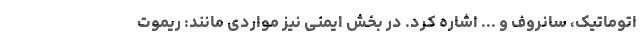
اتوماتیک، سانروف و ... اشاره کرد. در بخش ایمنی نیز مواردی مانند: ریموت